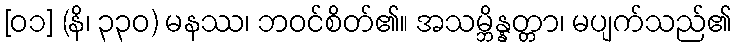
[၀၁] (နိ၊ ၃၃၀) မနဿ၊ ဘဝင်စိတ်၏။ အသမ္ဘိန္နတ္တာ၊ မပျက်သည်၏